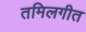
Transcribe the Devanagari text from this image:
तमिलगीत